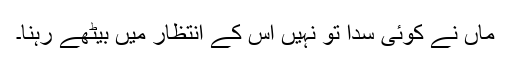
ماں نے کوئی سدا تو نہیں اس کے انتظار میں بیٹھے رہنا۔